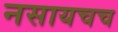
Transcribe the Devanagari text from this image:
नसायचच